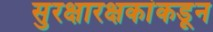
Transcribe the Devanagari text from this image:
सुरक्षारक्षकांकडून